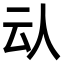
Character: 𠇌